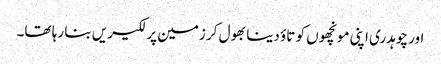
اور چوہدری اپنی مونچھوں کو تاؤ دینا بھول کر زمین پر لکیریں بنا رہا تھا۔